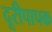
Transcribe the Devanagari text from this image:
दूरीपापक